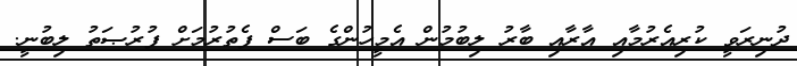
ދުނިރަވީ ކުރިއެރުމާއި އާރާއި ބާރު ލިބުމުން އެމީހުންގެ ބަސް ފެތުރުމަށް ފުރުޞަތު ލިބުނީ.